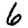
Digit: 6